Leprosy in India: report of the Leprosy Commission in India, 1890-91
Year: 1890
Disease focus: Leprosy
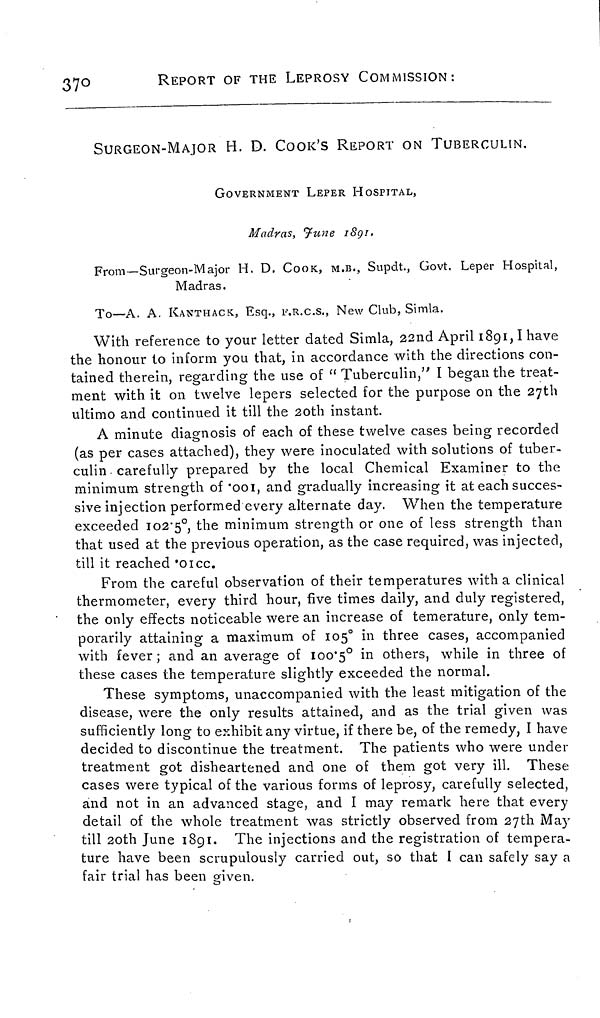
370
REPORT OF THE LEPROSY COMMISSION:
SURGEON-MAJOR H. D. COOK'S REPORT ON TUBERCULIN.
GOVERNMENT LEPER HOSPITAL,
Madras, June 1891.
From—Surgeon-Major H. D. COOK, M.B., Supdt., Govt. Leper Hospital,
Madras.
To—A. A. KANTHACK, Esq., F.R.C.S., New Club, Simla.
With reference to your letter dated Simla, 22nd April 1891, I have
the honour to inform you that, in accordance with the directions con-
tained therein, regarding the use of " Tuberculin," I began the treat-
ment with it on twelve lepers selected for the purpose on the 27th
ultimo and continued it till the 20th instant.
A minute diagnosis of each of these twelve cases being recorded
(as per cases attached), they were inoculated with solutions of tuber-
culin carefully prepared by the local Chemical Examiner to the
minimum strength of '001, and gradually increasing it at each succes-
sive injection performed every alternate day. When the temperature
exceeded 102.5°, the minimum strength or one of less strength than
that used at the previous operation, as the case required, was injected,
till it reached '01cc.
From the careful observation of their temperatures with a clinical
thermometer, every third hour, five times daily, and duly registered,
the only effects noticeable were an increase of temerature, only tem-
porarily attaining a maximum of 105 o in three cases, accompanied
with fever; and an average of 100.5° in others, while in three of
these cases the temperature slightly exceeded the normal.
These symptoms, unaccompanied with the least mitigation of the
disease, were the only results attained, and as the trial given was
sufficiently long to exhibit any virtue, if there be, of the remedy, I have
decided to discontinue the treatment. The patients who were under
treatment got disheartened and one of them got very ill. These
cases were typical of the various forms of leprosy, carefully selected,
and not in an advanced stage, and I may remark here that every
detail of the whole treatment was strictly observed from 27th May
till 20th June 1891. The injections and the registration of tempera-
ture have been scrupulously carried out, so that I can safely say a
fair trial has been given.